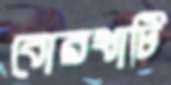
বোরখাটি